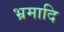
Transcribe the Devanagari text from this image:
भ्रमादि